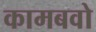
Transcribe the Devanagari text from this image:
कामबवो